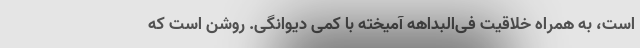
است، به همراه خلاقیت فی‌البداهه آمیخته با کمی دیوانگی. روشن است که